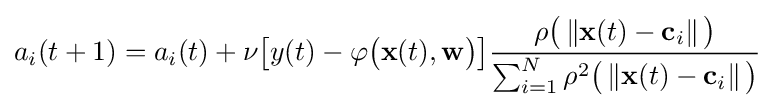
a_{i}(t+1)=a_{i}(t)+\nu {\big [}y(t)-\varphi {\big (}\mathbf {x} (t),\mathbf {w} {\big )}{\big ]}{\frac {\rho {\big (}\left\Vert \mathbf {x} (t)-\mathbf {c} _{i}\right\Vert {\big )}}{\sum _{i=1}^{N}\rho ^{2}{\big (}\left\Vert \mathbf {x} (t)-\mathbf {c} _{i}\right\Vert {\big )}}}